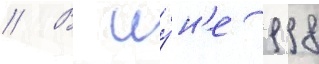
// В иу́н'е 1998